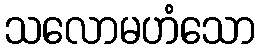
သလောမဟံသော